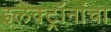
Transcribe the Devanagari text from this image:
इलेक्ट्रॉनांचा